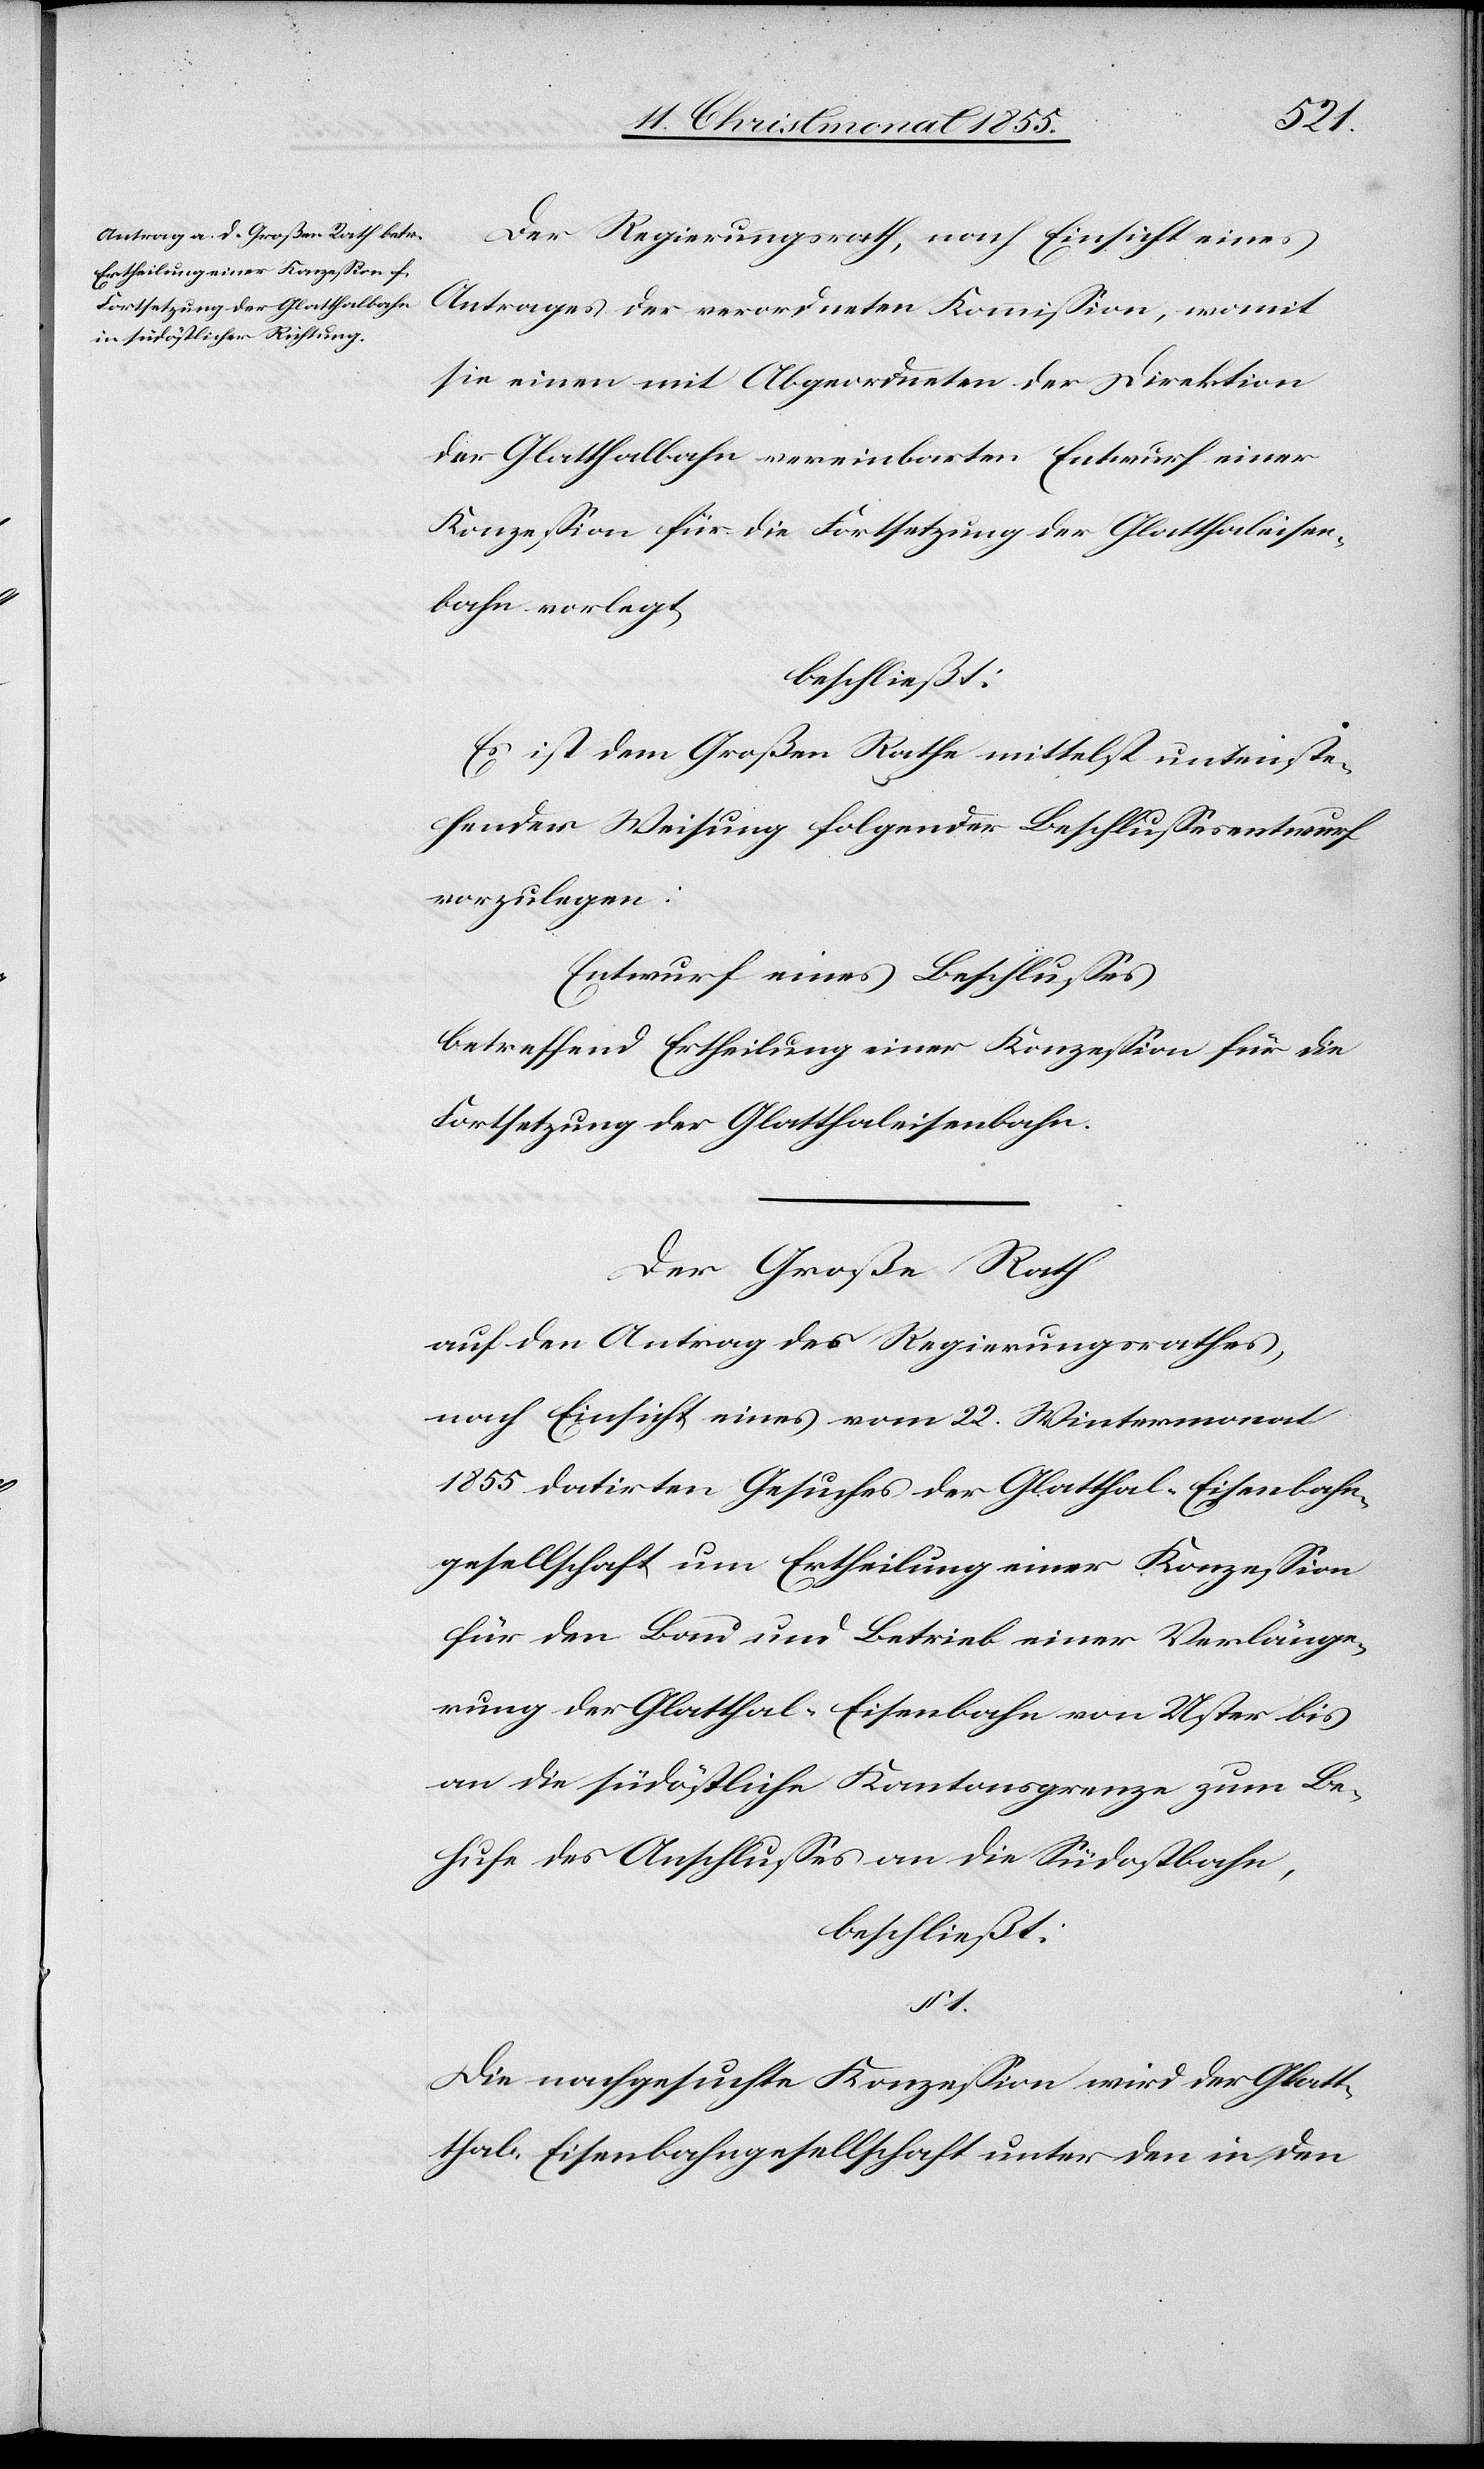
§ 1.
Der Regierungsrath, nach Einsicht eines
Antrages der verordneten Kommission, womit
sie einen mit Abgeordneten der Direktion
der Glatthalbahn vereinbarten Entwurf einer
Konzession für die Fortsetzung der Glatthaleisen¬
bahn vorlegt,
beschließt:
Es ist dem Großen Rathe mittelst untenste¬
hender Weisung folgender Beschlussesentwurf
vorzulegen:
Entwurf eines Beschlusses
betreffend Ertheilung einer Konzession für die
Fortsetzung der Glatthaleisenbahn.
Der Große Rath
auf den Antrag des Regierungsrathes,
nach Einsicht eines vom 22. Wintermonat
1855 datirten Gesuches der Glatthal-Eisenbahn¬
gesellschaft um Ertheilung einer Konzession
für den Bau und Betrieb einer Verlänge¬
rung der Glatthal-Eisenbahn von Uster bis
an die südöstliche Kantonsgrenze zum Be¬
hufe des Anschlusses an die Südostbahn,
beschließt:
Die nachgesuchte Konzession wird der Glat¬
thal-Eisenbahngesellschaft unter den in den